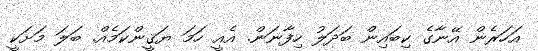
އަހަރެން އޭނާގެ ކިބައިން ބަދަލު ހިފާނަން. އެއީ ހަމަ ޔަޤީންކަމެއް. ބަލަ މަށަކީ